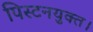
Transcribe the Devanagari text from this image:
पिस्टनयुक्त।